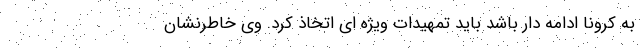
به کرونا ادامه دار باشد باید تمهیدات ویژه ای اتخاذ کرد. وی خاطرنشان